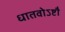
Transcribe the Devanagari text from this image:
धातवोऽष्टौ